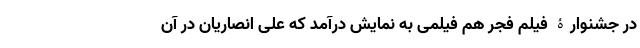
در جشنوارۀ فیلم فجر هم فیلمی به نمایش درآمد که علی انصاریان در آن